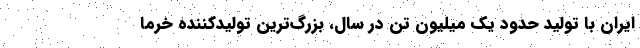
ایران با تولید حدود یک میلیون تن در سال، بزرگ‌ترین تولیدکننده خرما